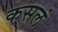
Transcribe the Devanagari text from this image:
कसलं